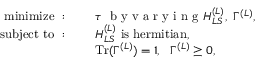
\begin{array} { r l } { \mathrm { m i n i m i z e ~ : ~ } \quad } & { \tau ~ \textrm { b y v a r y i n g } H _ { L S } ^ { ( L ) } , ~ \Gamma ^ { ( L ) } , } \\ { \mathrm { s u b j e c t ~ t o ~ : ~ } \quad } & { H _ { L S } ^ { ( L ) } \mathrm { ~ i s ~ h e r m i t i a n , } } \\ & { \mathrm { T r } ( \Gamma ^ { ( L ) } ) = 1 , ~ ~ \Gamma ^ { ( L ) } \geq 0 , } \end{array}